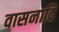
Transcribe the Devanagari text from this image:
वासनादि